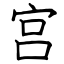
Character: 宫